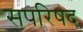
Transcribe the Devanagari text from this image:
सपरिषद